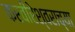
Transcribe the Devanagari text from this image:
करवीरेश्वराच्या